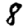
Digit: 8